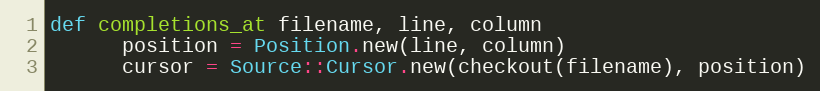
Language: Ruby
def completions_at filename, line, column
      position = Position.new(line, column)
      cursor = Source::Cursor.new(checkout(filename), position)